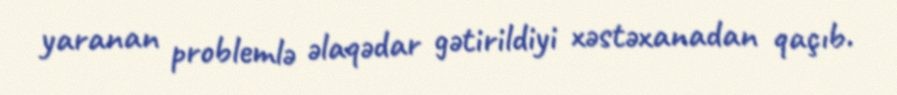
yaranan problemlə əlaqədar gətirildiyi xəstəxanadan qaçıb.